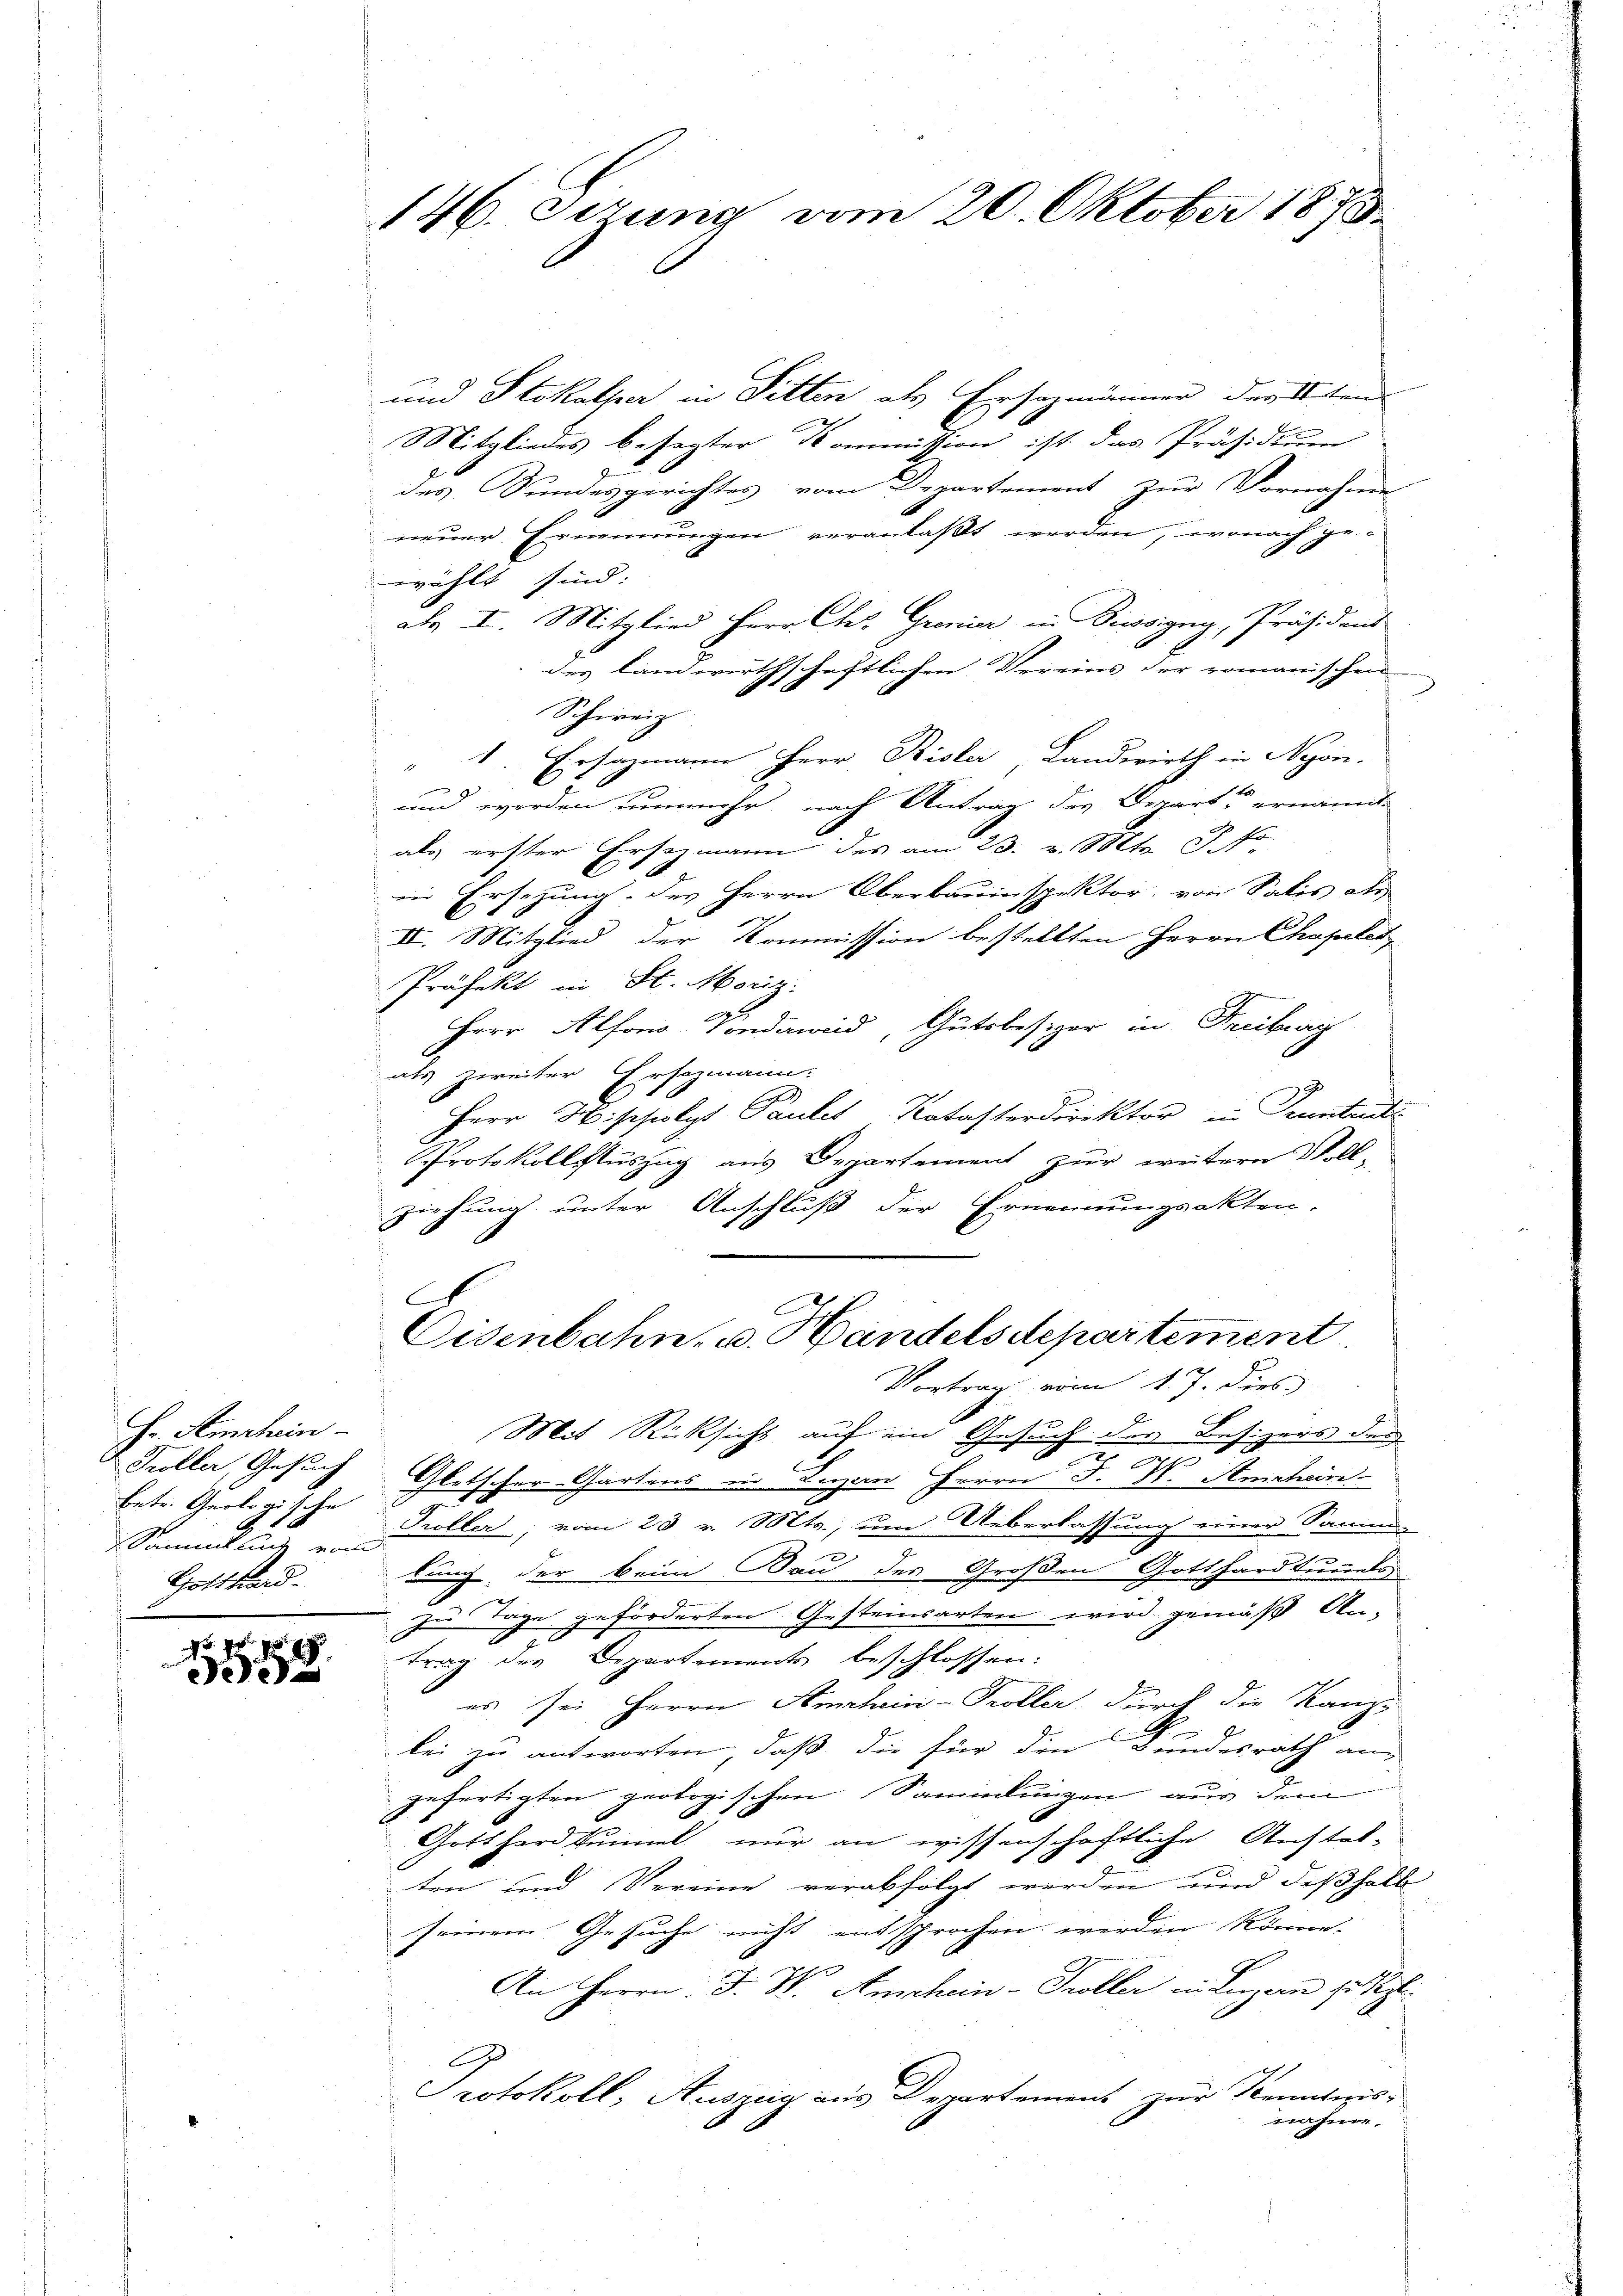
Hr. Amrhein
Troller, Gesuch
betr. Geologische
2
Sammlung vom
Gotthard.

No. 1875
e

146. Serung vom 20. Oktober 1873

und Stokalper in Sitten als Ersatzmänner der Mitin
Mitgliedes besagter Kommission ist das Präsidium
des Sundesgerichtes vom Departement zur Vornahme
neuer Ernennungen veranlaßt werden, wonach ge-
wählt sind.
dy I. Mitglied Herr Ch. Grenier in Diesigny, Präsident
des landwirthschaftlichen Vereins der romanischen
Schweiz
1. Ersatzmann Herr Bisler, Landwirth in Nyon.
und werden nunmehr, nach Antrag des Departe ernannt.
als erster Erstzmann des am 23. v. Mtt. c. fr
in Ersezung des Herrn Oberbauinspektor, von Salis als
II. Mitglied der Kommission bestellten Herrn Chapeler
Präfekt in St. Moriz
Herr Alfons Sondawid, Gutsbesizer in Freiburg
als zweiter Ersozmann.
Herr Mischolpt Paules Katasterdirektor in Trinitati
Protokollsauszug aus Departement zur weitern Voll-
ziehung unter Anschluß der Ernennungsakten.
E
Eisenbahn. v. Handelsdepartement
Vortrag vom 1. J. dies
Mit Rücksicht auf ein Gesuch des Besizers der
E
V. Amrhein
Gletscher Gartens in Kerzen Herrn F
Troller, vom 23. v. Mts., um Ueberlassung einer Samm-
tung der beim Bau des Großen Gotthardtumels
zu Tage geförderten Gesteinsarten wird gemäß An-
trag des Departements beschlossen:
es sei Herrn Amrhein-Troller durch die Kanzs
lei zu antworten, daß die für den Bundesrath an
gefertigten prologischen Sammlungen aus dem
Gotthardtunnel nur an wissenschaftliche Austel-
ten und Vereine verabfolgt werden und deßhalb
seinem Gesuche nicht entsprochen werden könne.
An Herrn. F. W. Anschein-Troller in Luzern zu stel
Protokoll, Auszug aus Departement zur Tennaleziswähner,